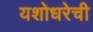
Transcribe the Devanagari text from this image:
यशोधरेची